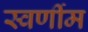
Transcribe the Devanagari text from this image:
स्वर्णीम